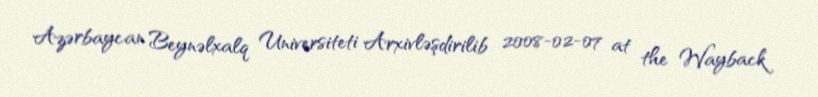
Azərbaycan Beynəlxalq Universiteti Arxivləşdirilib 2008-02-07 at the Wayback